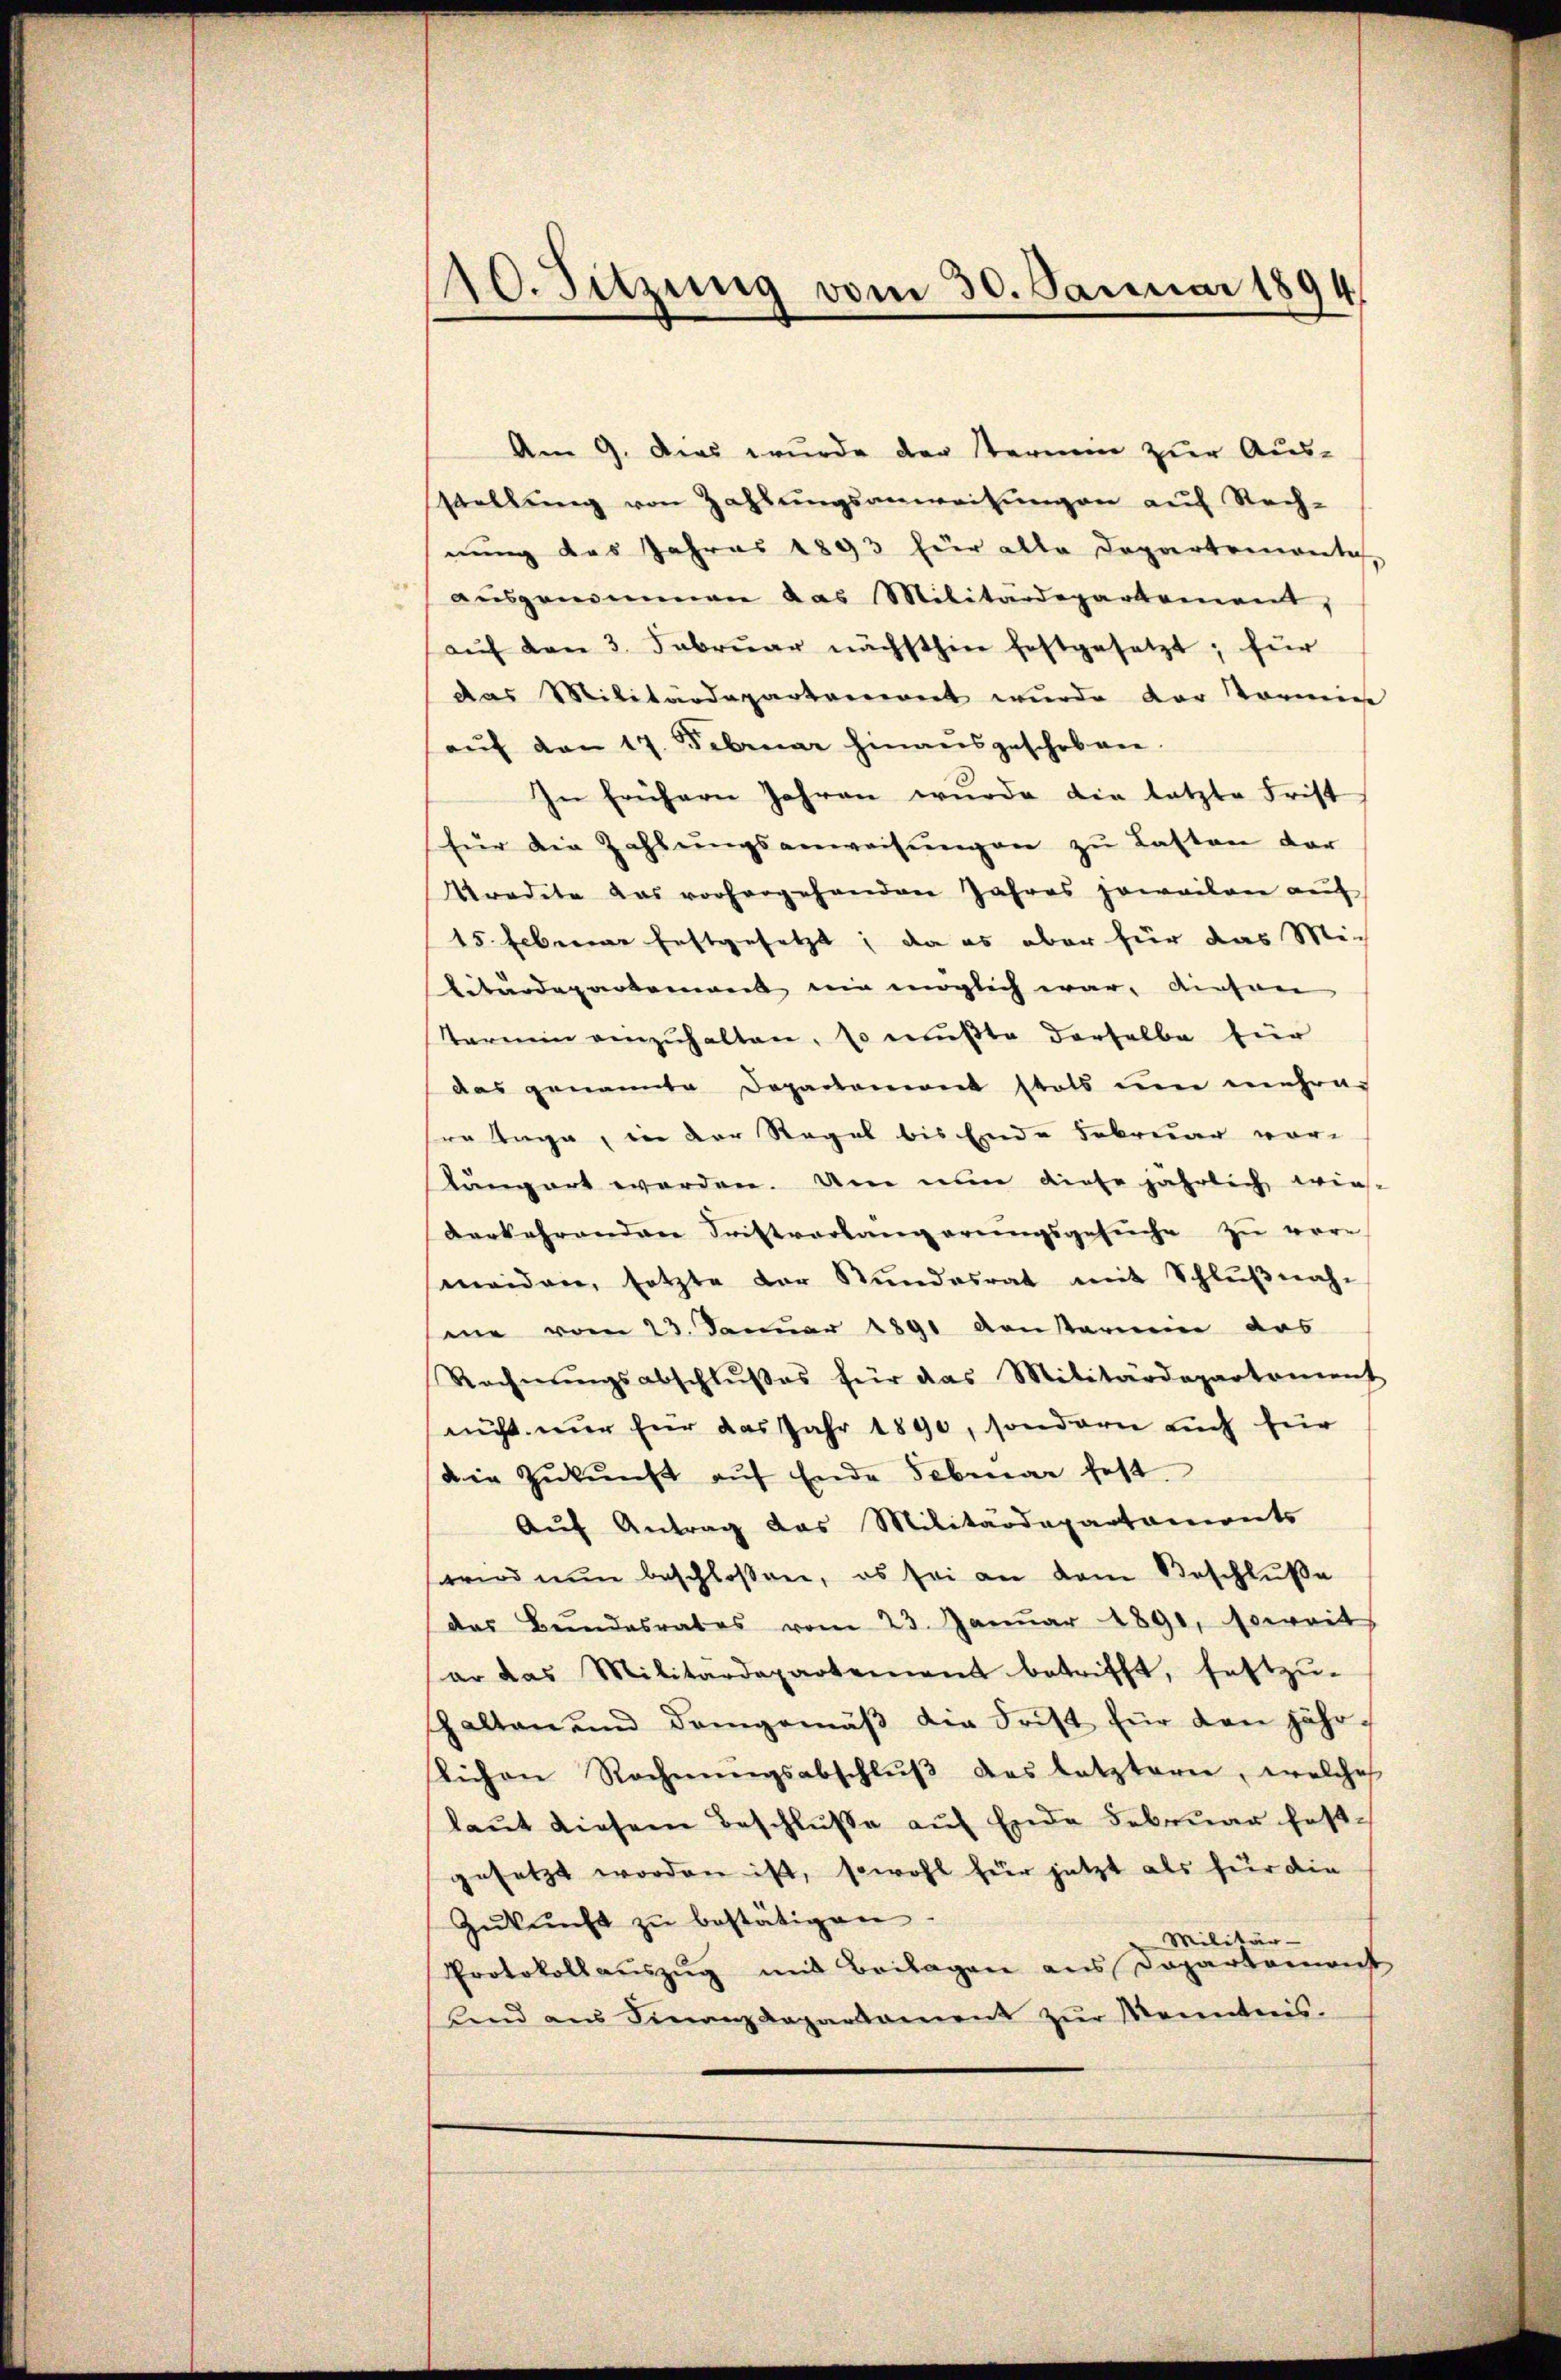
110. Sitzung vom 30. Januar 1894

Am 9. Das wurde der Sterium zur Ausstellung von Zahlungsanweisungen auf Rech-
nung des Jahres 1893 für alle Departemonte
aŭsgenommen das Militärdepartement,
(auf den 3. Februar nächsthin festgesetzt; für
das Militärdepartement wurde der Tornin
aŭf den 17. Februar hinaŭsgeschoben.
In frühern Jahren wŭrde die letzte Frist
(für die Zahlŭngsanweisŭngen zŭ Lasten der
redete das vorhergehenden Jahres jeweilen auf
15. Eberne festgesetzt; da es aber für das Mich
litärdepartement nie möglich war, diesen
Termin anzuhalten. Es mußte derselbe für
das genannte Departement statt um mehrer
sen Auge, in der Regel bis Ende Februar vor-
kängart worden. Um nun diese jährlich wies
verkehrendene Fristverlangerungsgesuche zu vere
meiden, setzte der Stŭndesrat mit Schlŭβnah-
me vom 23. Januar 1891 ventarien das
Rechnŭngsabschlŭβes für das Militärdepartement
nicht nur für das Jahr 1890, sondern auch für
Die Zukunft auf Ende Februar fest
Auf Antrag das Militärdepartaments
wird nun beschlossen, es sei an dem Beschluße
das Bundesrates vom 23. Janŭar 1891, soweit
er das Militärdepartement betrifft, festzu-
shalten und demgemäβ die Frist für den jährslichen Rechnŭngsabschlŭβ des letzteren, welche
laŭt diesem Beschlŭβe aŭf Ende Februar fest-
gesetzt worden ist, sowohl für jetzt als für die
Zŭkŭnft zŭ bestätigen.
Militär-
Protokollauszug mit Beilagen aus Dopartemonst
fend am Finanzdepartament zŭr Kenntnis.